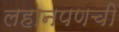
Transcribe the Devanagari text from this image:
लहानपणची